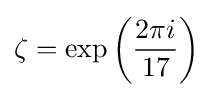
\zeta =\exp \left({\frac {2\pi i}{17}}\right)